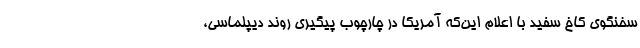
سخنگوی کاخ سفید با اعلام این‌که آمریکا در چارچوب پیگیری روند دیپلماسی،